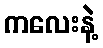
ကလေးနဲ့